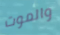
والموت